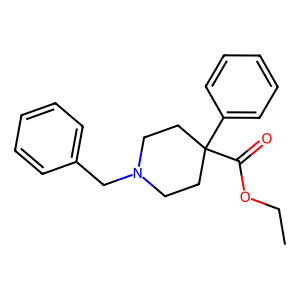
SMILES: CCOC(=O)C1(c2ccccc2)CCN(Cc2ccccc2)CC1
Inhibits HIV replication: No